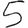
Digit: 5